Vaccination in Bombay 1924-1928 - 1924-1928
Year: 1924
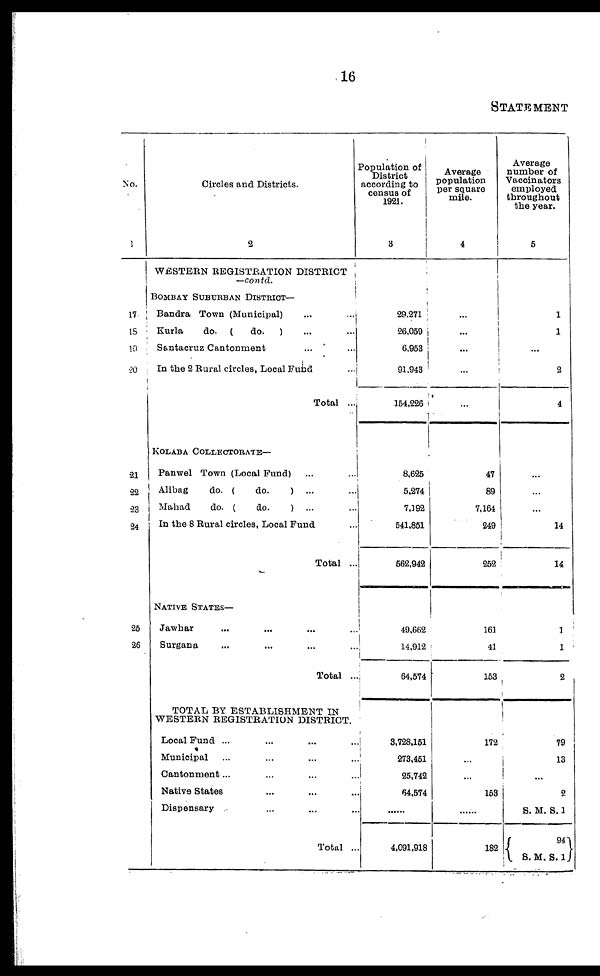
16
STATEMENT
No.
1
17
18
19
20
21
22
23
24
25
26
Circles and Districts.
2
WESTERN REGISTRATION DISTRICT
—contd.
BOMBAY SUBURBAN DISTRICT—
Bandra Town (Municipal) ... ...
Kurla
do. (do.) ... ...
Santacruz Cantonment ... ...
In the 2 Rural circles, Local Fund ...
Total ...
KOLABA COLLECTORATE—
Panwel Town (Local Fund) ... ...
Alibag
do. (do.)
... ...
Mahad
do. (do.) ... ...
In the 8 Rural circles, Local Fund ...
Total ...
NATIVE STATES—
Jawhar ... ... ... ...
Surgana ... ... ... ...
Total ...
TOTAL BY ESTABLISHMENT IN
WESTERN REGISTRATION DISTRICT.
Local Fund... ... ... ...
Municipal ... ... ... ...
Cantonment ... ... ... ...
Nativs States ... ... ...
Dispensary ... ... ...
Total ...
Population of
District
according to
census of
1921.
3
29,271
26,059
6,953
91,943
154,226
8,625
5,274
7,192
541,851
562,942
49,662
14,912
64,574
3,728,151
273,451
25,742
64,574
......
4,091,918
Average
population
per square
mile.
4
...
...
...
...
...
47
89
7,164
249
252
161
41
153
172
...
...
153
......
182
Average
number of
Vaccinators
employed
throughout
the year.
5
1
1
...
2
4
...
...
...
14
14
1
1
2
79
13
...
2
S. M. S. 1
94
S. M. S. 1